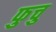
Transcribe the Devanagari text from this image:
फुचु